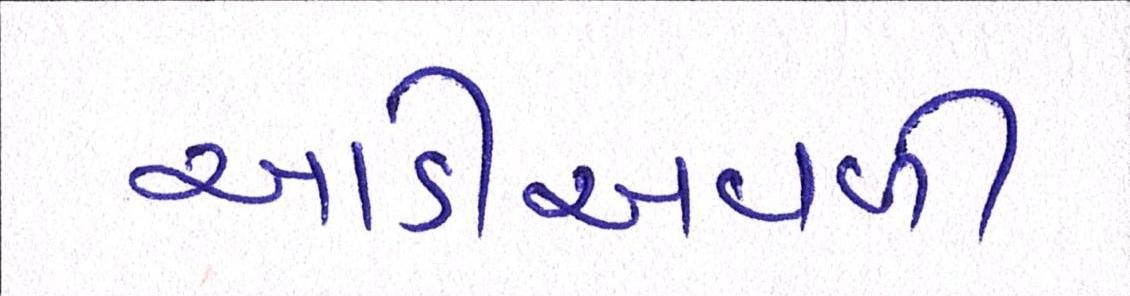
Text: આડીઅવળી